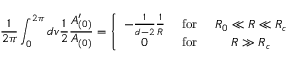
\frac { 1 } { 2 \pi } \int _ { 0 } ^ { 2 \pi } d v \frac { 1 } { 2 } \frac { A _ { ( 0 ) } ^ { \prime } } { A _ { ( 0 ) } } = \left\{ \begin{array} { c c c } { { - \frac { 1 } { d - 2 } \frac { 1 } { R } } } & { { \mathrm { ~ f o r ~ } } } & { { R _ { 0 } \ll R \ll R _ { c } } } \\ { { 0 } } & { { \mathrm { ~ f o r ~ } } } & { { R \gg R _ { c } } } \end{array} \right.